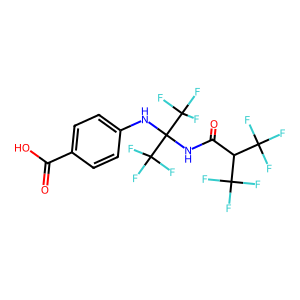
SMILES: O=C(O)c1ccc(NC(NC(=O)C(C(F)(F)F)C(F)(F)F)(C(F)(F)F)C(F)(F)F)cc1
Inhibits HIV replication: No